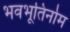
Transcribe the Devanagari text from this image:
भवभूतिर्नाम